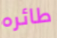
طائره